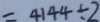
= 4 1 4 4 \div 2